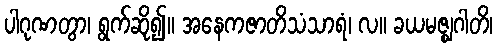
ပါဂုဏတွာ၊ ရွက်ဆို၍။ အနေကဇာတိသံသာရံ၊ လ။ ခယမဇ္ဈဂါတိ၊